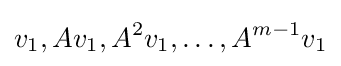
v_{1},Av_{1},A^{2}v_{1},\ldots ,A^{m-1}v_{1}